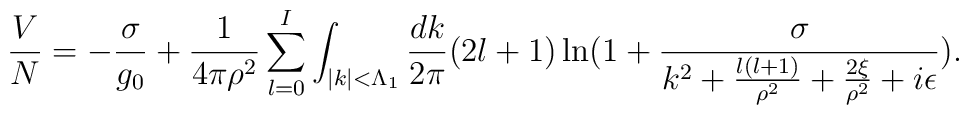
\frac{V}{N}=-\frac{\sigma}{g_0}+\frac{1}{4\pi\rho^2}\sum_{l=0}^{I}   \int_{|k|<\Lambda_1} \frac{dk}{2\pi}(2l+1)   \ln(1+\frac{\sigma}{k^2+\frac{l(l+1)}{\rho^2}+\frac{2\xi}{\rho^2}   +i\epsilon}).